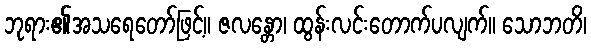
ဘုရား၏အသရေတော်ဖြင့်။ ဇလန္တော၊ ထွန်းလင်းတောက်ပလျက်။ သောဘတိ၊